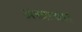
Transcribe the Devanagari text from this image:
अत्त्याचार